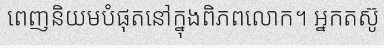
ពេញនិយមបំផុតនៅក្នុងពិភពលោក។ អ្នកតស៊ូ